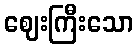
ဈေးကြီးသော